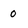
Character: 0